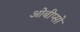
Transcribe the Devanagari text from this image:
ओबीप्‍सो